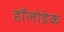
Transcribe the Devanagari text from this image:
हॉलोडेक